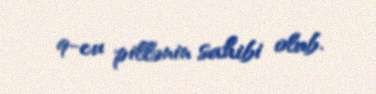
9-cu pillənin sahibi olub.